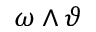
\omega \wedge \vartheta